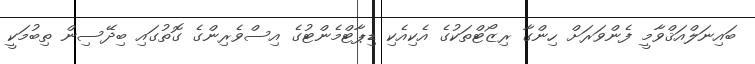
ބައިނަލްއަޤްވާމީ ފެންވަރަށް ހިންގާ ރިޒޯޓްތަކުގެ އެކިއެކި ޑިޕާޓްމެންޓުގެ އިސްވެރިންގެ ގޮތުގައި ބިދޭސިން ތިބުމަކީ